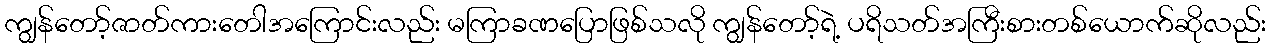
ကျွန်တော့်ဇာတ်ကားတေါအကြောင်းလည်း မကြာခဏပြောဖြစ်သလို ကျွန်တော့်ရဲ့ ပရိသတ်အကြီးစားတစ်ယောက်ဆိုလည်း